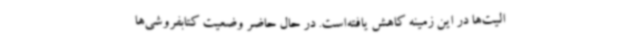
الیت‌ها در این زمینه کاهش یافته‌است. در حال حاضر وضعیت کتابفروشی‌ها